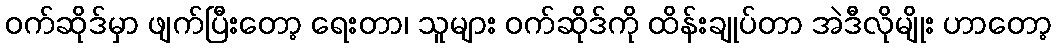
ဝက်ဆိုဒ်မှာ ဖျက်ပြီးတော့ ရေးတာ၊ သူများ ဝက်ဆိုဒ်ကို ထိန်းချုပ်တာ အဲဒီလိုမျိုး ဟာတော့